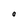
Character: O